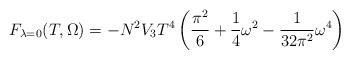
LaTeX: \begin{align*}F_{\lambda=0} (T,\Omega) = - N^2 V_3 T^4 \left( \frac{\pi^2}{6}+ \frac{1}{4} \omega^2 - \frac{1}{32\pi^2} \omega^4 \right)\end{align*}